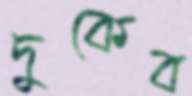
দুকেব